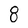
Character: 8